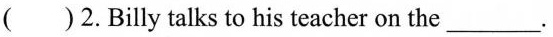
()2.Billy talks to his teacher on the___.